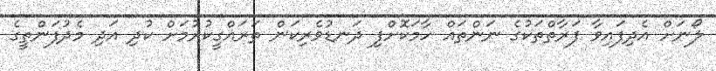
ލޯނަށް އެދިފައިވާ ފަރާތްތަކުގެ ނަންތައް ހާމަކޮށްފި ދަނޑުވެރިކަން ތަރައްގީކުރުމަށް ކުދި އަދި މެދުފަންތީގެ